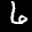
Label: 6